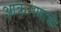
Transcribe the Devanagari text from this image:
आक्रमणाशी